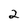
Character: 2